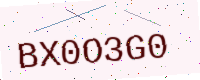
Text: BX0O3G0